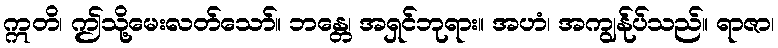
ဣတိ၊ ဤသို့မေးလတ်သော်။ ဘန္တေ၊ အရှင်ဘုရား။ အဟံ၊ အကျွန်ုပ်သည်။ ရာဇာ၊